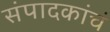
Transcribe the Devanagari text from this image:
संपादकांचं